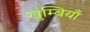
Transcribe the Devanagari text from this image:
खुम्बियाँ